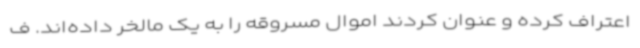
اعتراف کرده و عنوان کردند اموال مسروقه را به یک مالخر داده‌اند. ف